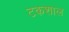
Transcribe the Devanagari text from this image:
टकशाल